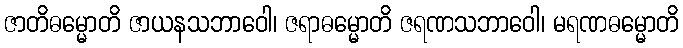
ဇာတိဓမ္မောတိ ဇာယနသဘာဝေါ၊ ဇရာဓမ္မောတိ ဇရဏသဘာဝေါ၊ မရဏဓမ္မောတိ